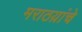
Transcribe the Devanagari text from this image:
मराठय़ांचे